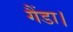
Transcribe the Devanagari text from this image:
गैंडा।